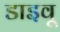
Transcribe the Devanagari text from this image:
डाइवू